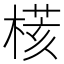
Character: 𣘃